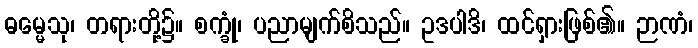
ဓမ္မေသု၊ တရားတို့၌။ စက္ခုံ၊ ပညာမျက်စိသည်။ ဥဒပါဒိ၊ ထင်ရှားဖြစ်၏။ ဉာဏံ၊